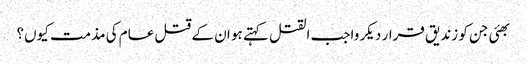
بھئی جن کو زندیق قرار دیکر واجب القتل کہتے ہو ان کے قتل عام کی مذمت کیوں؟